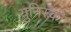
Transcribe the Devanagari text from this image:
युनिस्को